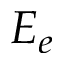
E _ { e }